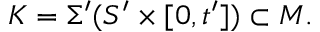
K = \Sigma ^ { \prime } ( S ^ { \prime } \times [ 0 , t ^ { \prime } ] ) \subset M .